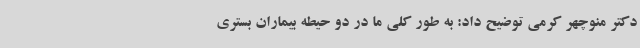
دکتر منوچهر کرمی توضیح داد: به طور کلی ما در دو حیطه بیماران بستری